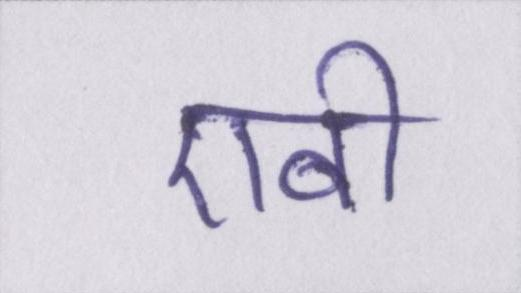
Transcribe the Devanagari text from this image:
एबी